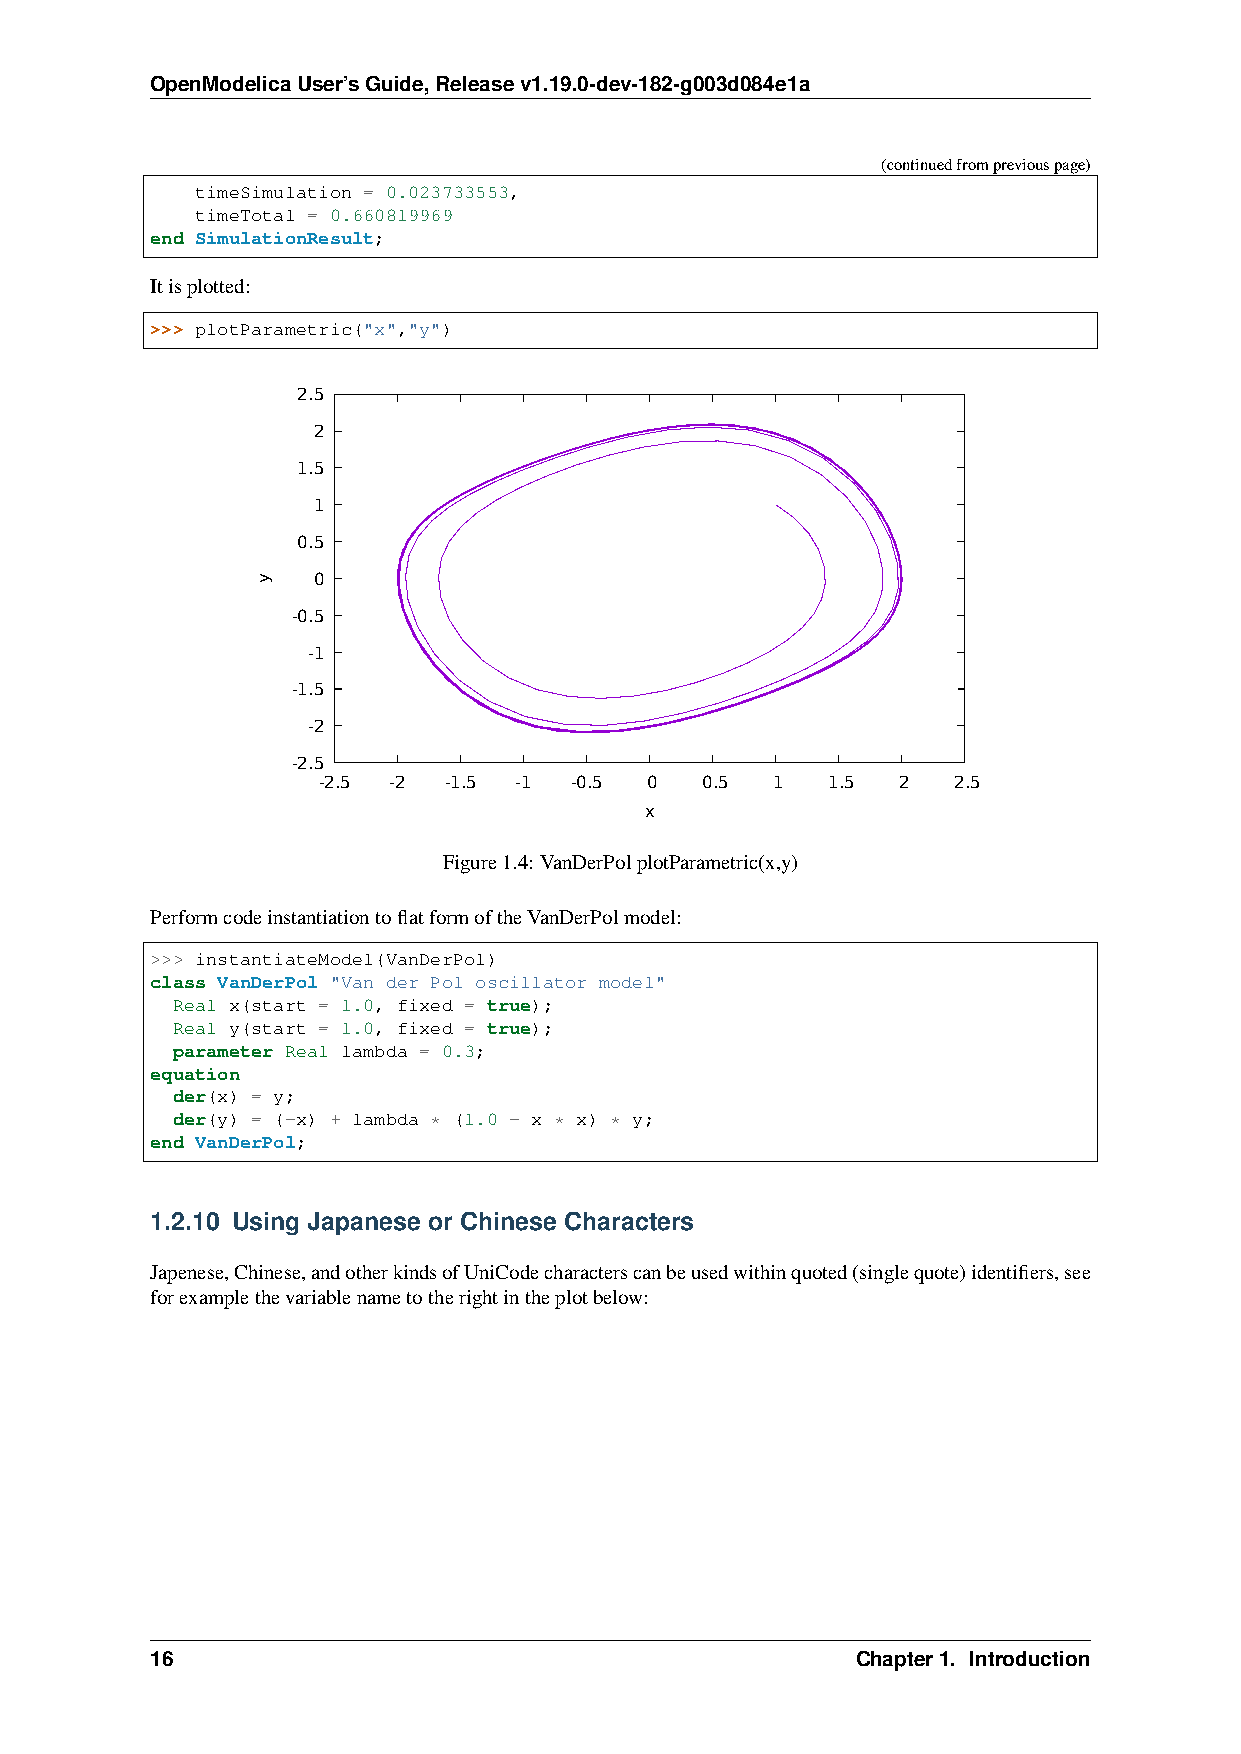
OpenModelicaUser’sGuide,Releasev1.19.0-dev-182-g003d084e1a
 (continuedfrompreviouspage)
 timeSimulation = 0.023733553,
 timeTotal = 0.660819969
 end SimulationResult;
 Itisplotted:
 >>> plotParametric("x","y")
 2.5
 2
 1.5
 1
 0.5
 0
 -0.5
 -1
 -1.5
 -2
 -2.5
 -2.5 -2 -1.5 -1  -0.5 0  0.5  1   1.5 2   2.5
 x
 Figure1.4: VanDerPolplotParametric(x,y)
 PerformcodeinstantiationtoflatformoftheVanDerPolmodel:
 >>> instantiateModel(VanDerPol)
 class VanDerPol "Van der Pol oscillator model"
 Real x(start = 1.0, fixed = true);
 Real y(start = 1.0, fixed = true);
 parameter Real lambda = 0.3;
 equation
 der(x) = y;
 der(y) = (-x) + lambda * (1.0 - x * x) * y;
 end VanDerPol;
 1.2.10 Using Japanese or Chinese Characters
 Japenese,Chinese,andotherkindsofUniCodecharacterscanbeusedwithinquoted(singlequote)identifiers,see
 forexamplethevariablenametotherightintheplotbelow:
 16                                             Chapter1. Introduction
 y